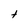
Character: t